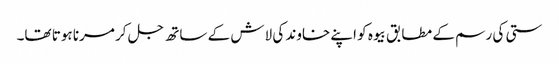
ستی کی رسم کے مطابق بیوہ کو اپنے خاوند کی لاش کے ساتھ جل کر مرنا ہوتا تھا۔